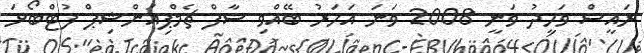
ރައީސް ވަހީދު ވަނީ 2008 ވަނަ އަހަރު ބޭއްވި ސާފް ޗެމްޕިއަންޝިޕް ފުޓްބޯޅަ